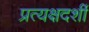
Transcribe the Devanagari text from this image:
प्रत्‍यक्षदर्शी